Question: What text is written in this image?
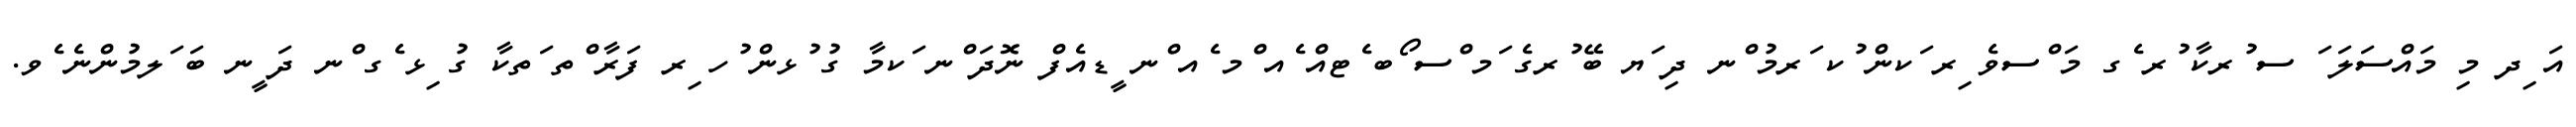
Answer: އަ ިދ މި މައްސަލަ ަ ސ ުރކާ ުރ ެގ މަ ްސވެ ިރ ަކން ުކ ަރމު ްނ ދި ަޔ ބޭ ުރގެ ަމ ްސ ޯބ ެޓއް ެއ ްމ ެއ ްނ ީޑއެފް ނޮދަ ްނ ަކމާ ގު ުޅން ުހ ިރ ފަރާ ްތ ަތކާ ގު ިޅ ެގ ްނ ދަ ީނ ބަ ަލމުންނެ ެވ.